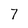
Character: 7